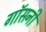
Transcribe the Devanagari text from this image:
गॉसनी